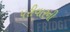
પરીવારની